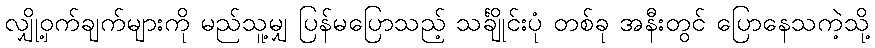
လျှို့ဝှက်ချက်များကို မည်သူ့မျှ ပြန်မပြောသည့် သင်္ချိုင်းပုံ တစ်ခု အနီးတွင် ပြောနေသကဲ့သို့